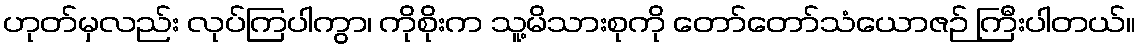
ဟုတ်မှလည်း လုပ်ကြပါကွာ၊ ကိုစိုးက သူ့မိသားစုကို တော်တော်သံယောဇဉ် ကြီးပါတယ်။